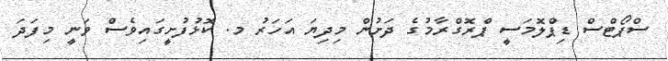
ސްޕޯޓްސް ޑިޕްލޮމަސީ ޕްރޮގްރާމުގެ ދަށުން މިދިޔަ އަހަރު މ. ކޮޅުފުށީގައިވެސް ވަނީ މިފަދަ